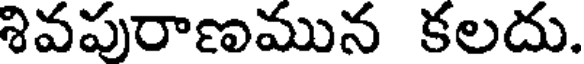
శివపురాణమున కలదు.